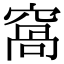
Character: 窩